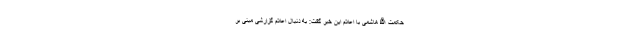
حکمت الله هاشمی با اعلام این خبر گفت: به دنبال اعلام گزارشی مبنی بر